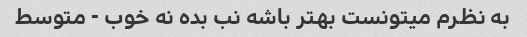
به نظرم میتونست بهتر باشه نب بده نه خوب - متوسط